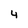
Character: 4